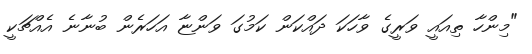
"މިންހާ ތިއައީ ވަރީގެ ވާހަކަ ދައްކަން ކަމުގަ ވަންޏާ އަހަރެން ބުނާނެ އެއްޗަކީ